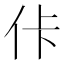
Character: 佧